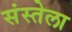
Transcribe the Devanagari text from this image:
संस्तेला